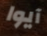
آيوا